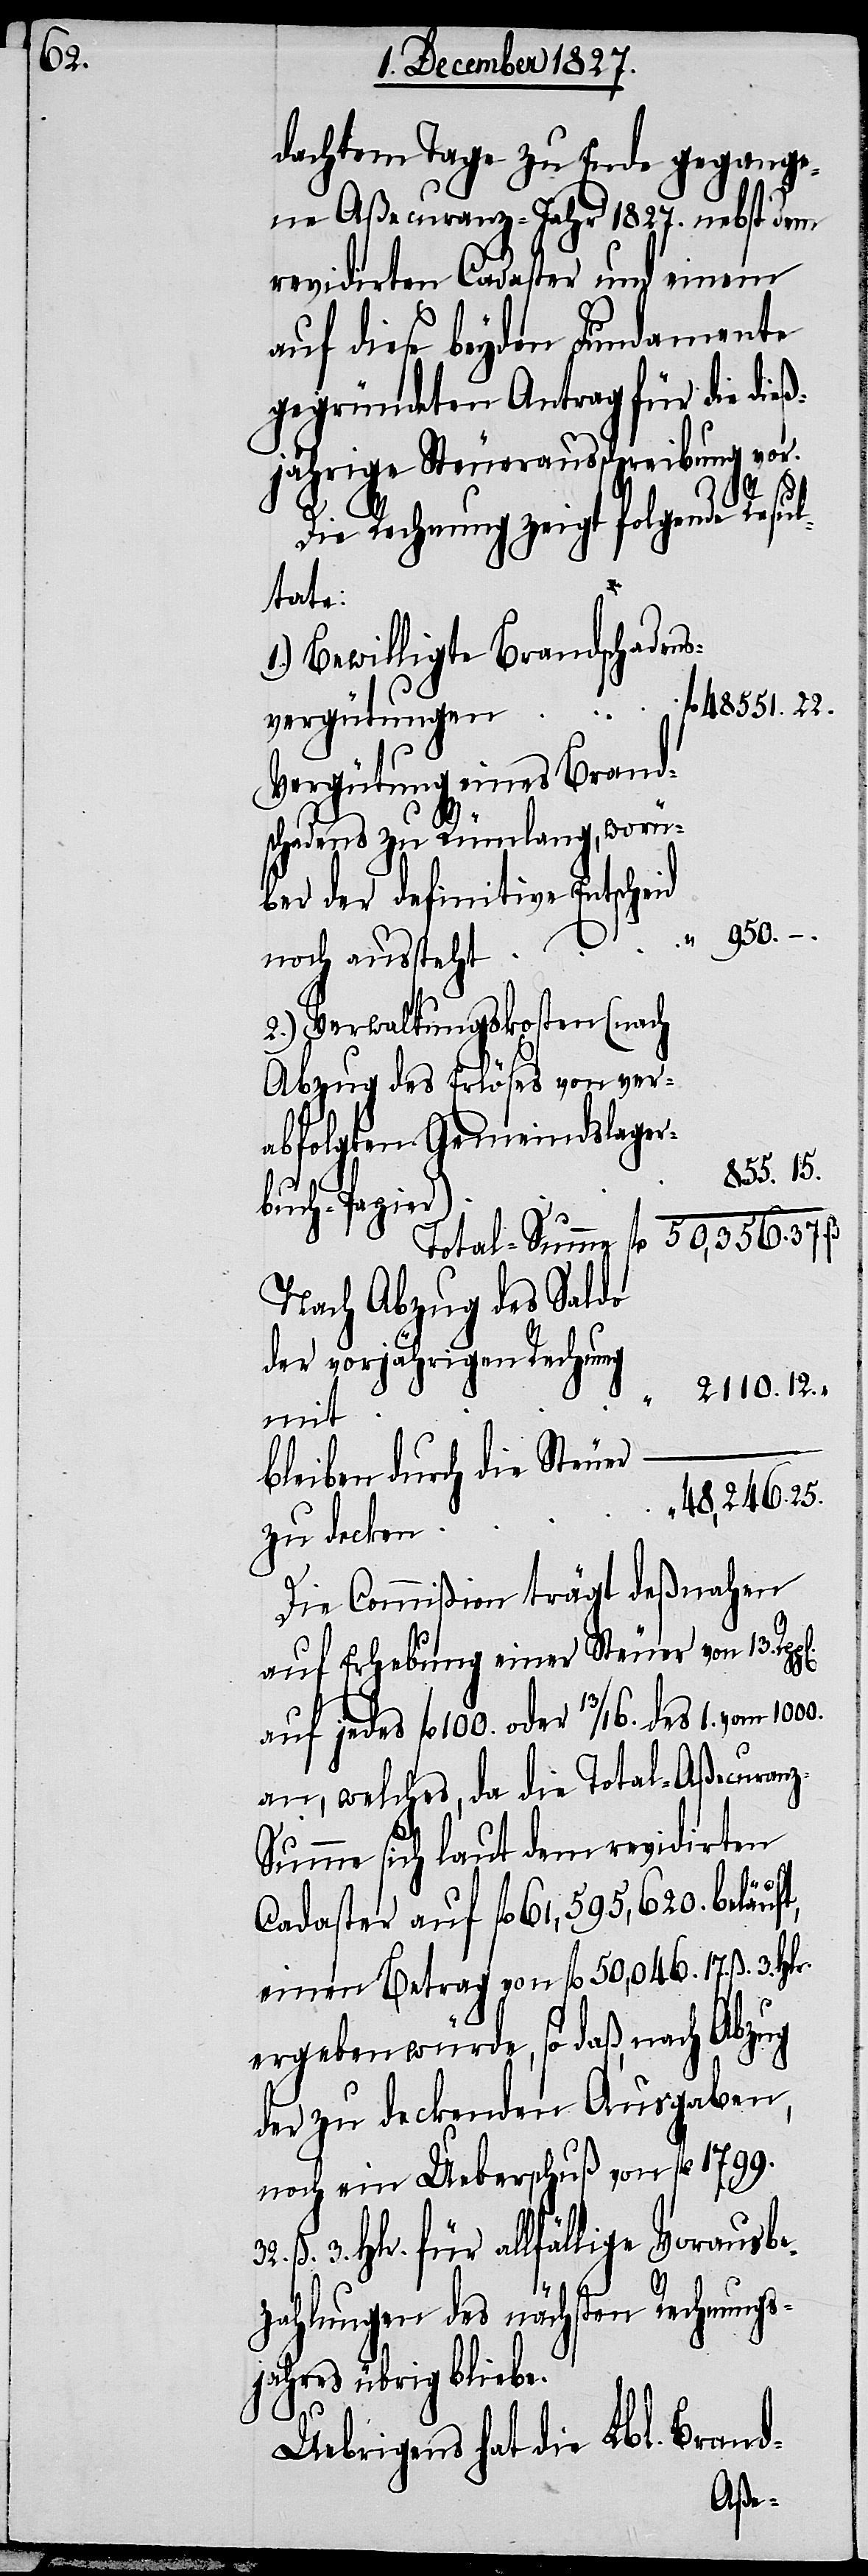
r)		“

dachtem Tage zu Ende gegange¬
ne Aßecuranz-Jahr 1827. nebst dem
revidirten Cadaster und einem
auf diese beyden Fundamente
gegründeten Antrag für die dieß¬
jährige Steuerausschreibung vor.
ß.
Die Rechnung zeigt folgende Resul¬
tate:
1. Bewilligte Brandschadens¬
vergütungen
Vergütung eines Brand¬
schadens zu Rümlang,
ber der definitive Entscheid
950.	–
32.
noch aussteht	“
2. Verwaltungskosten (nach
abfolgten Gemeindslager¬
855.	15.
buch-Papie¬
Total-Summe	fl.	50,356.	37.
Nach Abzug des Saldo
vorjährigen Rechnung
mit
bleiben durch die Steuer
Die Commißion trägt deßnahen
auf Erhebung einer Steuer von 13.
auf jedes fl. 100. oder 13/16. des 1. vom 1000.
an, welches, da die Total-Aßecuranz-S¬
umme sich laut dem revidirten
Cadaster auf fl. 61,595,620. beläuft,
einen Betrag von fl. 50,046. 17. ß. 3. Hlr.
ergeben würde, so daß, nach Abzug
der zu deckenden Ausgaben,
noch ein Ueberschuß von fl. 1799.
3. Hlr. für allfällige Vorausbe¬
zahlungen des nächsten Rechnungs¬
jahres übrig bliebe.
Uebrigens hat die Lbl. Brand-
ver¬